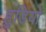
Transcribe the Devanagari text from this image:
हुडियों